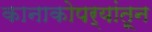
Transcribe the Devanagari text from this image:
कानाकोपर्‍यांतून